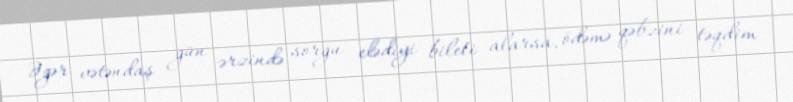
Əgər vətəndaş gün ərzində sorğu elədiyi bileti alarsa, ödəmə qəbzini təqdim